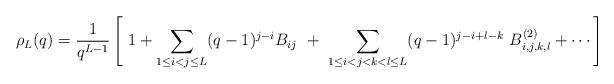
LaTeX: \begin{align*}\rho_L (q)=\frac{1}{q^{L-1}} \left[\ 1 + \sum_{1\leq i<j\leq L} (q-1)^{j-i}B_{ij}\ + \ \sum_{1\leq i<j<k<l \leq L} (q-1)^{j-i +l-k} \ B^{(2)}_{i,j,k,l} + \cdots\right]\\\end{align*}